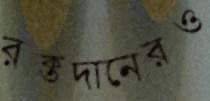
রক্তদানেরও